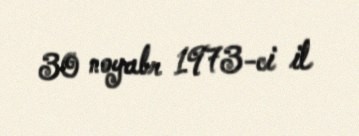
30 noyabr 1973-ci il